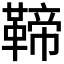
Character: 𩋣